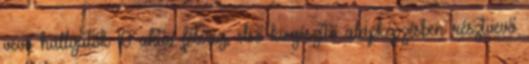
vevő hallgatók 10 aktív félévig, első kiegészítő alapképzésben résztvevő